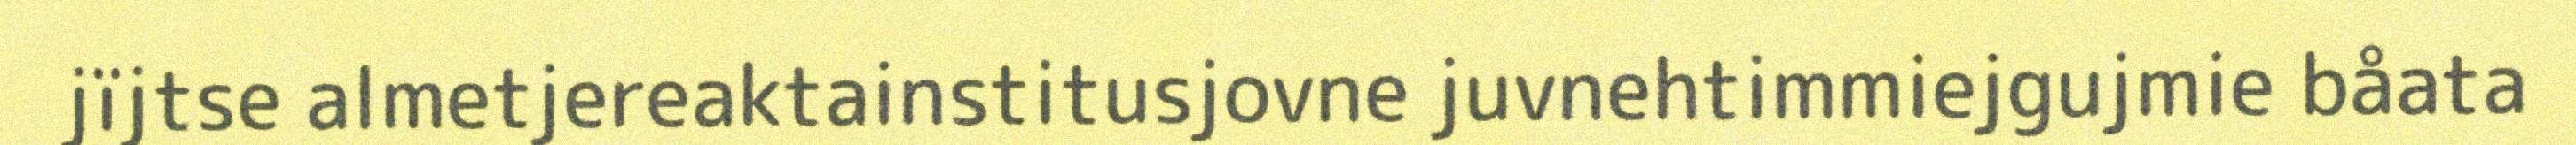
jïjtse almetjereaktainstitusjovne juvnehtimmiejgujmie båata